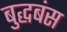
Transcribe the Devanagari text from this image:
बुद्धबंस